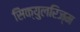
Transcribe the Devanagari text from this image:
सिक्युलरिज्म